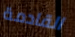
القادمة